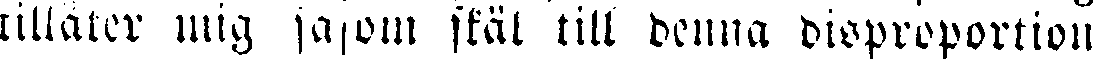
tilläter mig såsom skäl till denna disproportion